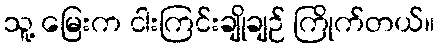
သူ့ မြေးက ငါးကြင်းချိုချဉ် ကြိုက်တယ်။